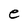
Character: e